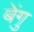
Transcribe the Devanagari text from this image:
बेंगु